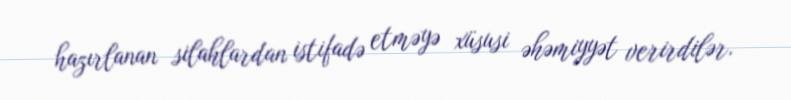
hazırlanan silahlardan istifadə etməyə xüsusi əhəmiyyət verirdilər.